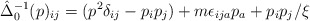
\begin{align*}\hat{\Delta}_0^{-1}(p)_{ij} = (p^2\delta_{ij} - p_ip_j)+ m\epsilon_{ija}p_a + p_ip_j/\xi\end{align*}